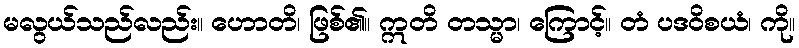
မလွယ်သည်လည်း။ ဟောတိ၊ ဖြစ်၏။ ဣတိ တသ္မာ၊ ကြောင့်။ တံ ပဒဝိစယံ၊ ကို။